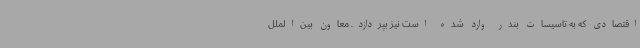
اقتصادی که به تاسیسات بندر وارد شده است نیز بپردازد. معاون بین‌الملل